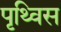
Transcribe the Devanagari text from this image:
पृथ्विस